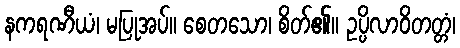
နကရဏီယံ၊ မပြုအပ်။ စေတသော၊ စိတ်၏။ ဥပ္ပိလာဝိတတ္တံ၊